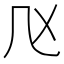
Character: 𠘰